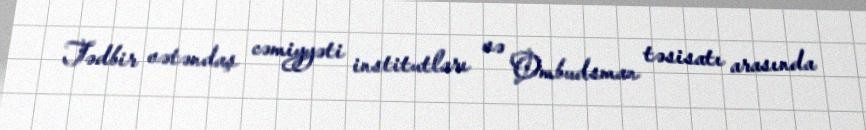
Tədbir vətəndaş cəmiyyəti institutları və Ombudsman təsisatı arasında